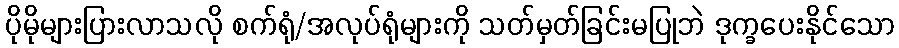
ပိုမိုများပြားလာသလို စက်ရုံ/အလုပ်ရုံများကို သတ်မှတ်ခြင်းမပြုဘဲ ဒုက္ခပေးနိုင်သော